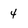
Character: 4